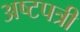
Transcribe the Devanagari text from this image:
अष्टपत्री